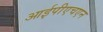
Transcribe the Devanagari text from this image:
आईपीएचएन